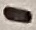
Text: -